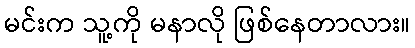
မင်းက သူ့ကို မနာလို ဖြစ်နေတာလား။